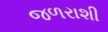
જળરાશી